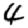
Digit: 4